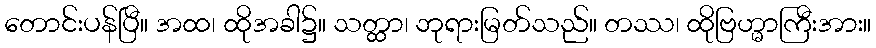
တောင်းပန်ပြီ။ အထ၊ ထိုအခါ၌။ သတ္ထာ၊ ဘုရားမြတ်သည်။ တဿ၊ ထိုဗြဟ္မာကြီးအား။